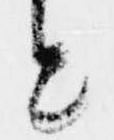
と